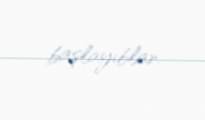
başlayıblar.